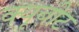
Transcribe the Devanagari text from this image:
क्यूबीट